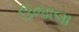
ઉજાલા